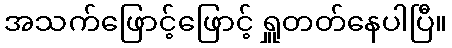
အသက်ဖြောင့်ဖြောင့် ရှူတတ်နေပါပြီ။